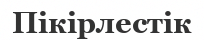
Пікірлестік